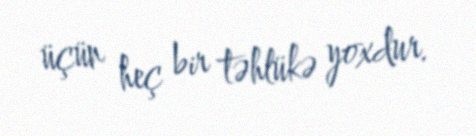
üçün heç bir təhlükə yoxdur.